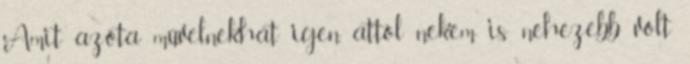
Amit azóta művelnek.hát igen, attól nekem is nehezebb volt